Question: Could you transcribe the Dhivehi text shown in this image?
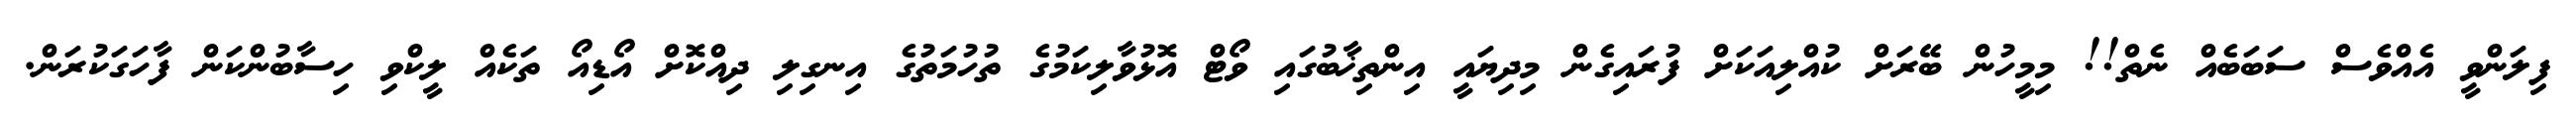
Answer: ފިލަންވީ އެއްވެސް ސަބަބެއް ނެތް!! މިމީހުން ބޭރަށް ކުއްލިއަކަށް ފުރައިގެން މިދިޔައީ އިންތިޚާބުގައި ވޯޓް އޮޅުވާލިކަމުގެ ތުހުމަތުގެ އިނގިލި ދިއްކޮށް އޯޑިއޯ ތަކެއް ލީކްވި ހިސާބުންކަން ފާހަގަކުރަން.